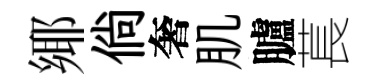
鄊倘奢肌臚萇